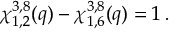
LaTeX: \chi _ { 1 , 2 } ^ { 3 , 8 } ( q ) - \chi _ { 1 , 6 } ^ { 3 , 8 } ( q ) = 1 \, .